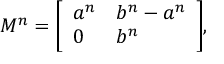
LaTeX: M ^ { n } = { \left[ \begin{array} { l l } { a ^ { n } } & { b ^ { n } - a ^ { n } } \\ { 0 } & { b ^ { n } } \end{array} \right] } ,